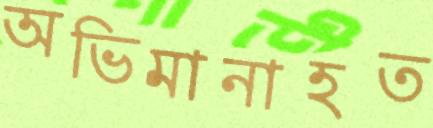
অভিমানাহত